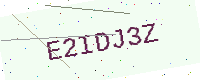
Text: E2IDJ3Z